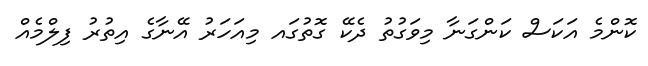
ކޮންމެ އަކަސް ކަންގަނާ މިވަގުތު ދެކޭ ގޮތުގައ މިއަހަރު އޭނާގެ އިތުރު ފިލްމެއް